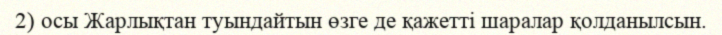
2) осы Жарлықтан туындайтын өзге де қажетті шаралар қолданылсын.